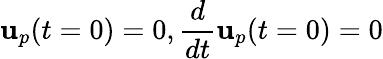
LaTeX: {\mathbf u}_{p}(t=0)=0,\frac{d}{dt}{\mathbf u}_{p}(t=0)=0